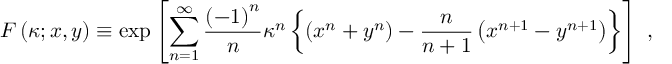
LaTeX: F \left( \kappa ; x , y \right) \equiv \exp \left[ \sum _ { n = 1 } ^ { \infty } { \frac { \left( - 1 \right) ^ { n } } { n } } \kappa ^ { n } \left\{ \left( x ^ { n } + y ^ { n } \right) - { \frac { n } { n + 1 } } \left( x ^ { n + 1 } - y ^ { n + 1 } \right) \right\} \right] \ ,